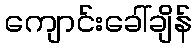
ကျောင်းခေါ်ချိန်